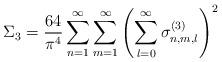
LaTeX: \begin{align*}\Sigma_3 = \frac{64}{\pi^4} \sum_{n=1}^\infty\sum_{m=1}^\infty \left( \sum_{l=0}^\infty\sigma_{n,m,l}^{(3)} \right)^2\end{align*}